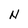
Character: N